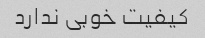
کیفیت خوبی ندارد